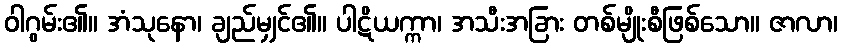
ဝါဂွမ်း၏။ အံသုနော၊ ချည်မျှင်၏။ ပါဋိယက္ကာ၊ အသီးအခြား တစ်မျိုးစီဖြစ်သော။ ဇာလာ၊